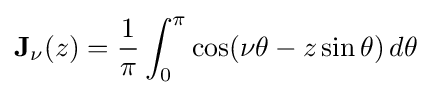
\mathbf {J} _{\nu }(z)={\frac {1}{\pi }}\int _{0}^{\pi }\cos(\nu \theta -z\sin \theta )\,d\theta